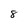
Character: 8